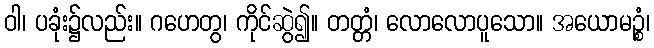
ဝါ၊ ပခုံး၌လည်း။ ဂဟေတွ၊ ကိုင်ဆွဲ၍။ တတ္တံ၊ လောလောပူသော။ အယောမဉ္စံ၊